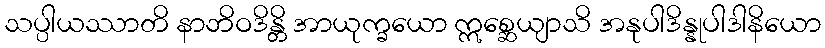
သပ္ပါယဿာတိ နာဘိဝဒိန္တိ အာယုက္ခယော ဣစ္ဆေယျာသိ အနုပါဒိန္နုပါဒါနိယော